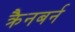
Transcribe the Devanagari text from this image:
क्रैनबर्न